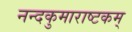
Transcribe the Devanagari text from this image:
नन्दकुमाराष्टकम्